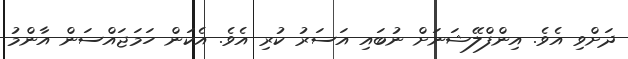
ދަށްވި އެވެ. އިންފްލޭޝަނަށް ނުބައި އަސަރު ކުރި އެވެ. އެކަން ހަމަޖައްސަން އާންމު